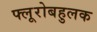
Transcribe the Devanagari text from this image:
फ्लूरोबहुलक